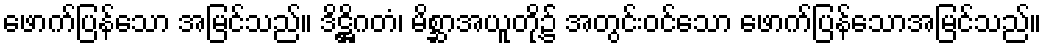
ဖောက်ပြန်သော အမြင်သည်။ ဒိဋ္ဌိဂတံ၊ မိစ္ဆာအယူတို့၌ အတွင်းဝင်သော ဖောက်ပြန်သောအမြင်သည်။